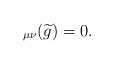
LaTeX: \begin{align*}_{\mu\nu} (\widetilde g)=0.\end{align*}